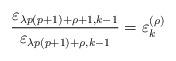
LaTeX: \begin{align*}\frac{\varepsilon_{\lambda p(p+1)+\rho+1,k-1}}{\varepsilon_{\lambda p(p+1)+\rho,k-1}}=\varepsilon_{k}^{(\rho)}\end{align*}